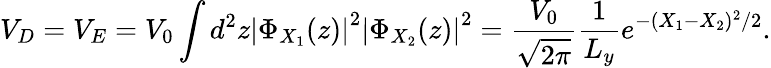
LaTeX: V_{D}=V_{E}=V_{0}\int d^{2}z\left|\Phi_{X_{1}}(z)\right|^{2}\left|\Phi_{X_{2}}(z)\right|^{2}={\frac{V_{0}}{\sqrt{2\pi}}}{\frac{1}{L_{y}}}e^{-(X_{1}-X_{2})^{2}/2}.